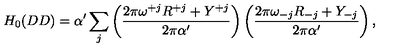
H _ { 0 } ( D D ) = \alpha ^ { \prime } \sum _ { j } \left( \frac { 2 \pi \omega ^ { + j } R ^ { + j } + Y ^ { + j } } { 2 \pi \alpha ^ { \prime } } \right) \left( \frac { 2 \pi \omega _ { - j } R _ { - j } + Y _ { - j } } { 2 \pi \alpha ^ { \prime } } \right) ,